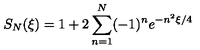
S _ { N } ( \xi ) = 1 + 2 \sum _ { n = 1 } ^ { N } ( - 1 ) ^ { n } e ^ { - n ^ { 2 } \xi / 4 }